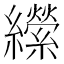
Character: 𦇝